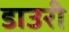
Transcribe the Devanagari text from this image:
डाउरी